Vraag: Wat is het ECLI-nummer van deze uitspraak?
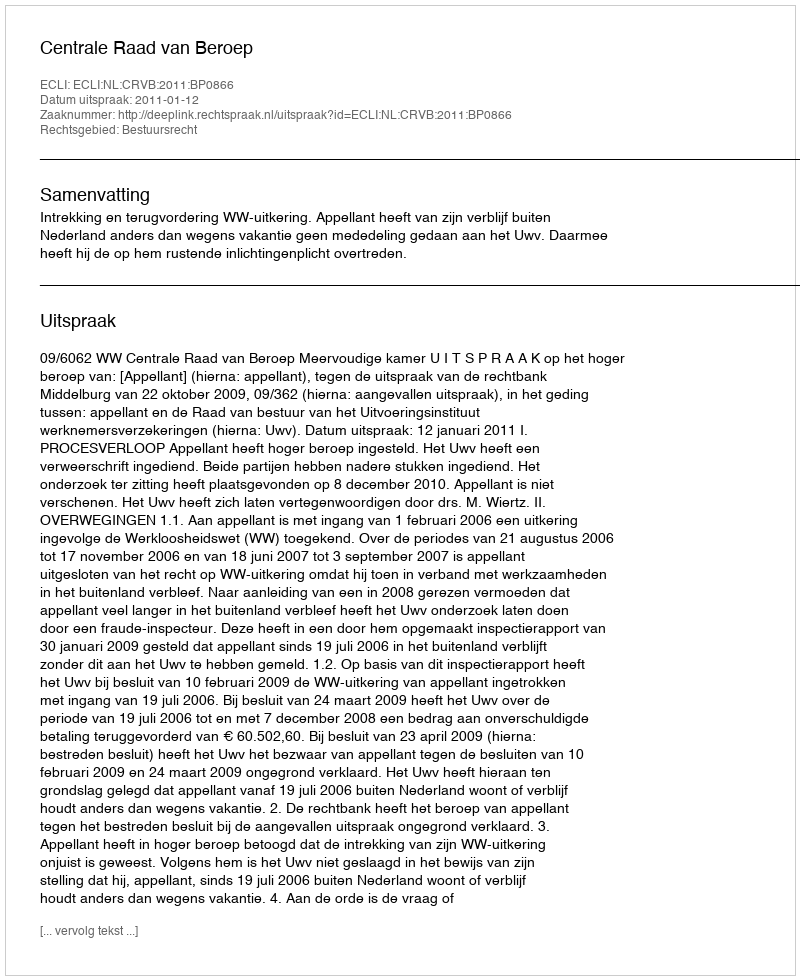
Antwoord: ECLI:NL:CRVB:2011:BP0866